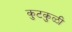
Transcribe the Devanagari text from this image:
कुटकुळी